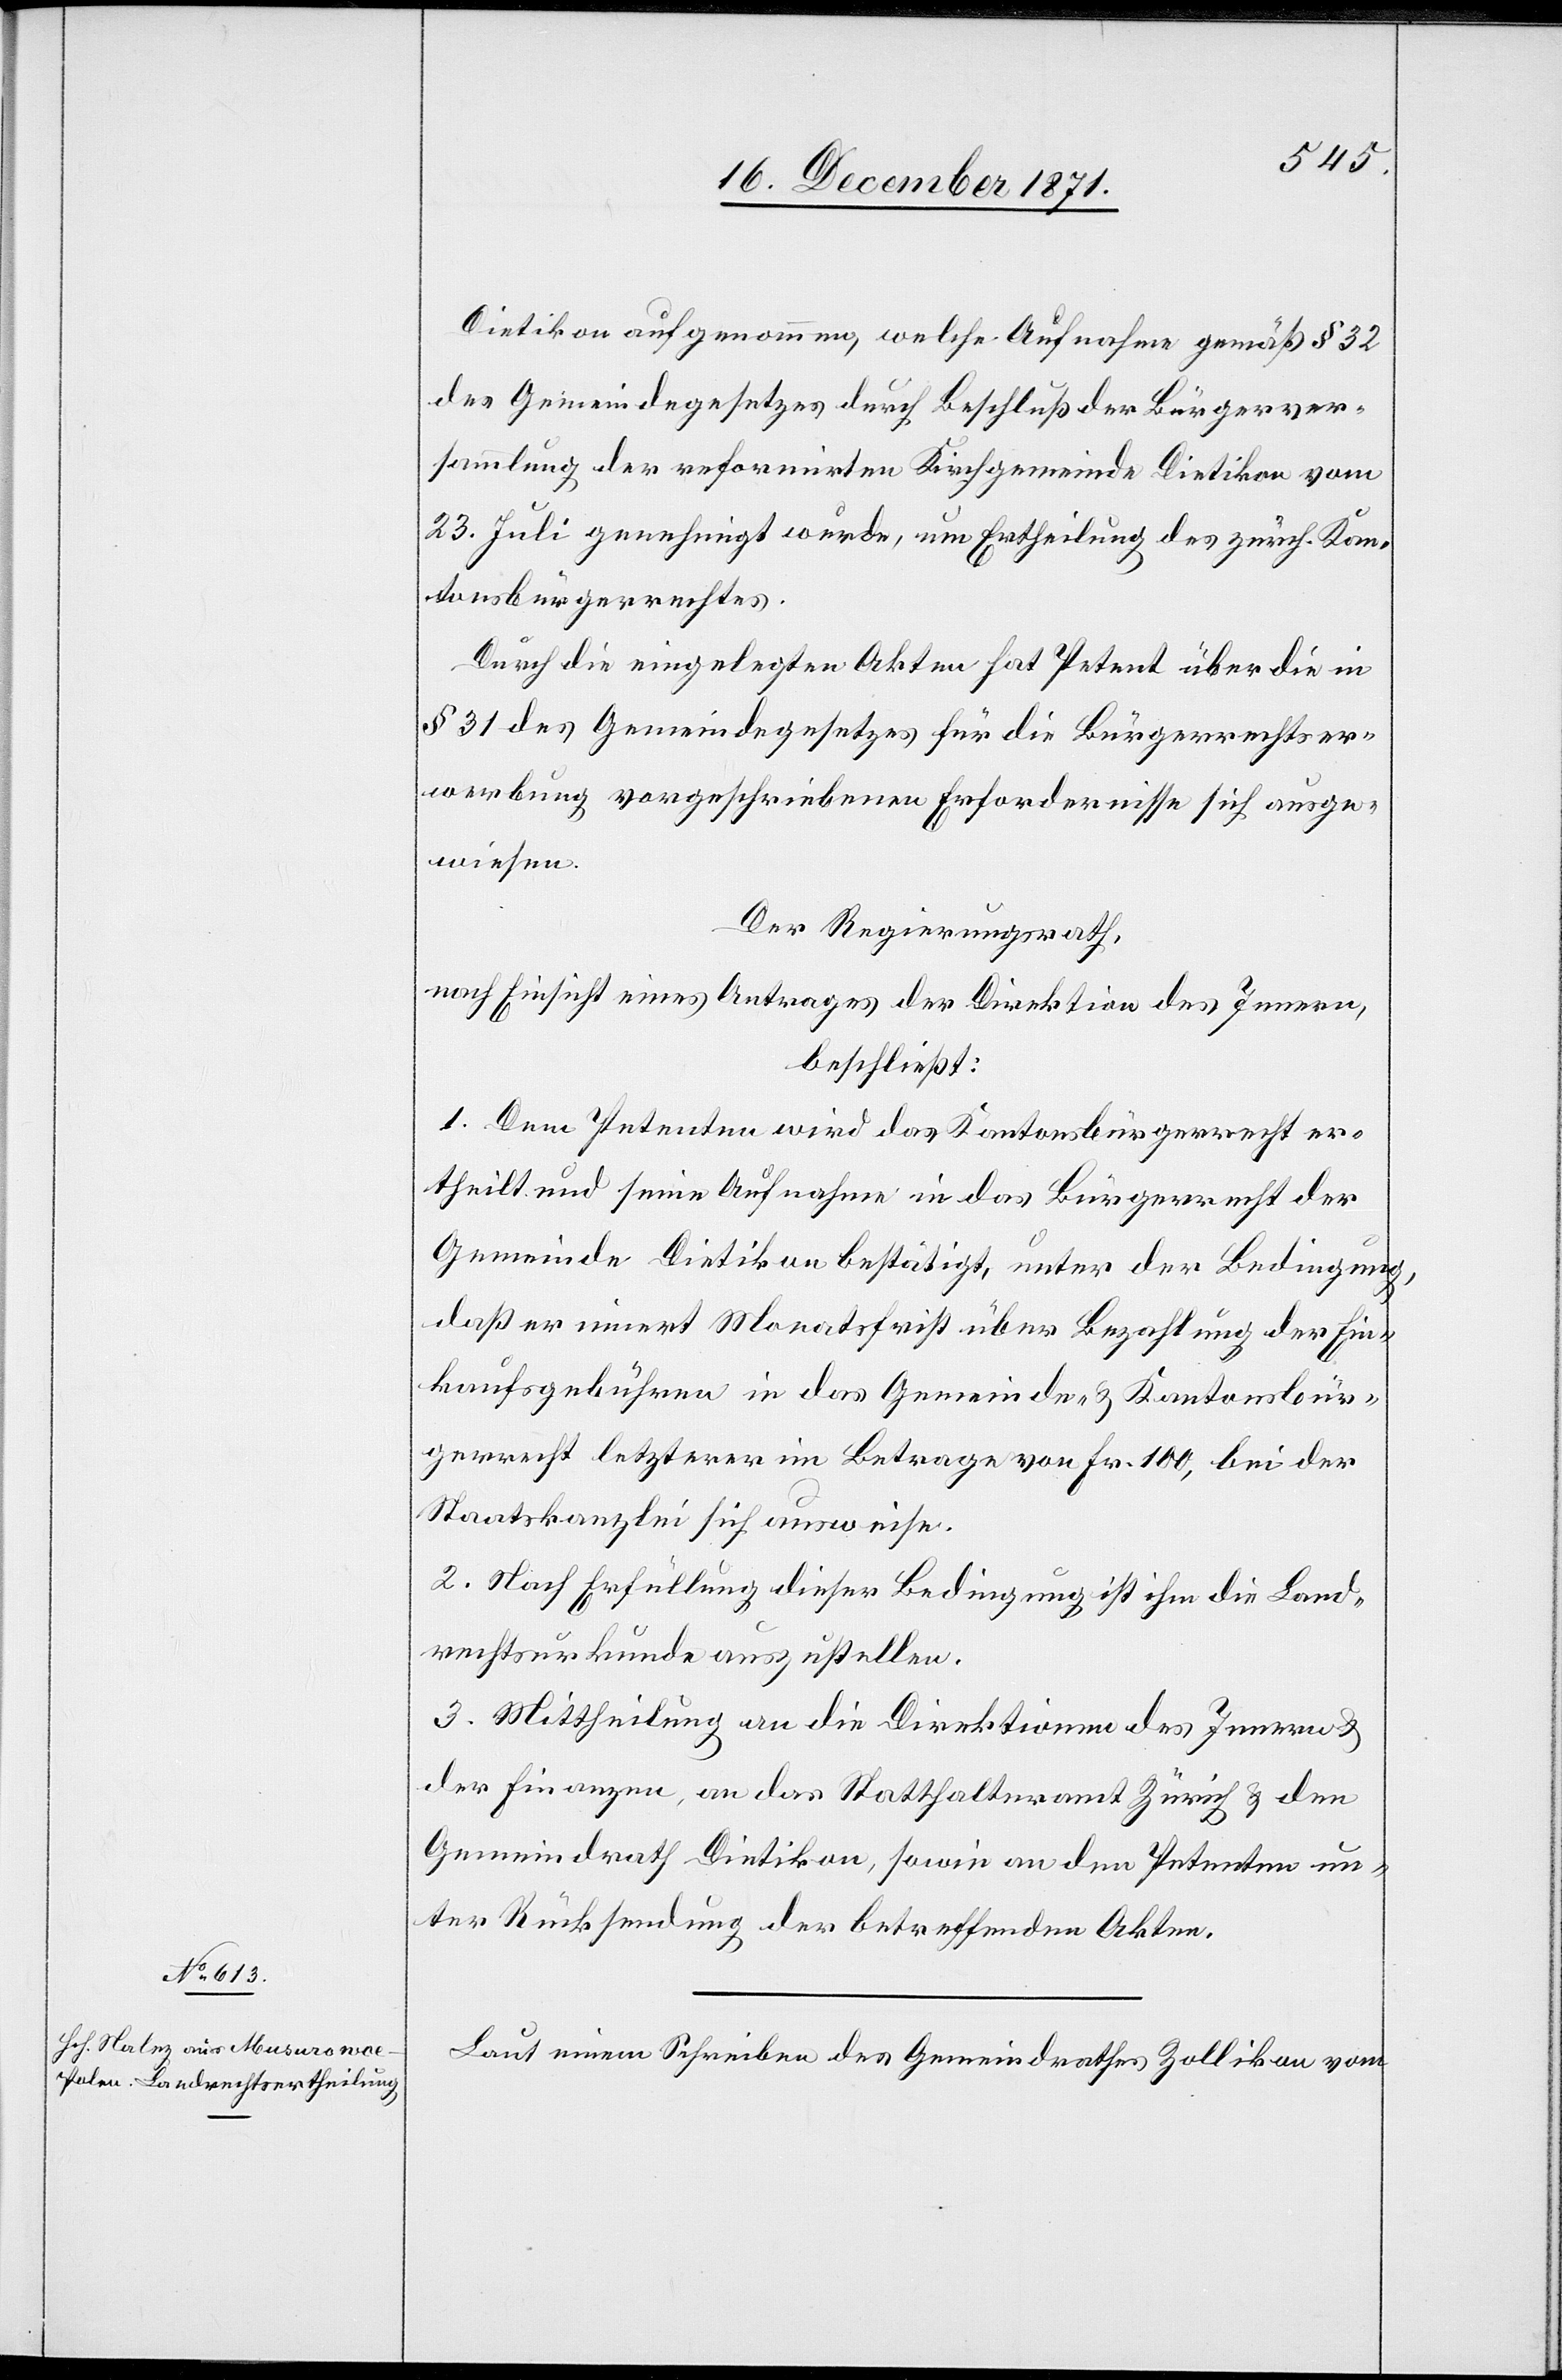
Dietikon aufgenommen, welche Aufnahme gemäß § 32
des Gemeindegesetzes durch Beschluß der Bürgerver¬
sammlung der reformirten Kirchgemeinde Dietikon vom
23. Juli genehmigt wurde, um Ertheilung des zürch. Kan¬
tonsbürgerrechtes.
Durch die eingelegten Akten hat Petent über die in
§ 31 des Gemeindegesetzes für die Bürgerrechtser¬
werbung vorgeschriebenen Erfordernisse sich ausge¬
wiesen.
Der Regierungsrath,
nach Einsicht eines Antrages der Direktion des Innern,
beschließt:
1. Dem Petenten wird das Kantonsbürgerrecht er¬
theilt und seine Aufnahme in das Bürgerrecht der
Gemeinde Dietikon bestätigt, unter der Bedingung,
daß er innert Monatsfrist über Bezahlung der Ein¬
kaufsgebühren in das Gemeinde- & Kantonsbür¬
gerrecht letzterer im Betrage von Fr. 100, bei der
Staatskanzlei sich ausweise.
2. Nach Erfüllung dieser Bedingung ist ihm die Land¬
rechtsurkunde auszustellen.
3. Mittheilung an die Direktionen des Innern &
der Finanzen, an das Statthalteramt Zürich & den
Gemeindrath Dietikon, sowie an den Petenten un¬
ter Rücksendung der betreffenden Akten.
Laut einem Schreiben des Gemeindrathes Zollikon vom